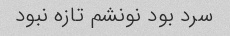
سرد بود نونشم تازه نبود